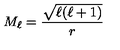
M _ { \ell } = \frac { \sqrt { \ell ( \ell + 1 ) } } { r }